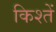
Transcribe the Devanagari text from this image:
किश्तें